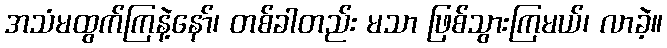
အသံမထွက်ကြနဲ့နော်၊ တစ်ခါတည်း မသာ ဖြစ်သွားကြမယ်၊ လာခဲ့။